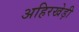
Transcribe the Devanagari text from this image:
अहिरखेड़ी